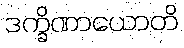
ဒက္ခိဏာယောတိ